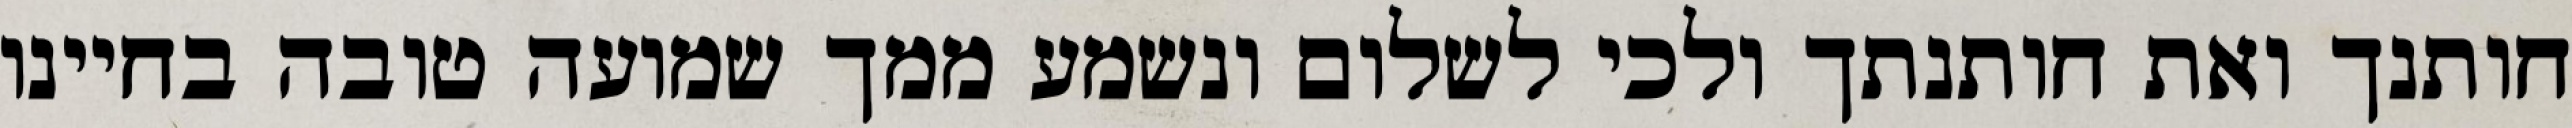
חותנך ואת חותנתך ולכי לשלום ונשמע ממך שמועה טובה בחיינו